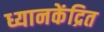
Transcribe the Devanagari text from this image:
ध्यानकेंद्रित